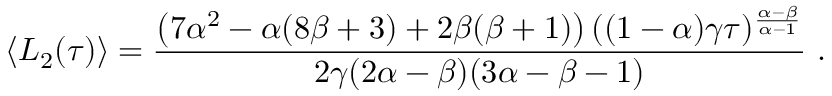
\langle L _ { 2 } ( \tau ) \rangle = \frac { \left( 7 \alpha ^ { 2 } - \alpha ( 8 \beta + 3 ) + 2 \beta ( \beta + 1 ) \right) ( ( 1 - \alpha ) \gamma \tau ) ^ { \frac { \alpha - \beta } { \alpha - 1 } } } { 2 \gamma ( 2 \alpha - \beta ) ( 3 \alpha - \beta - 1 ) } \ .